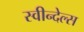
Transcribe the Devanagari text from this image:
स्वीन्देल्स